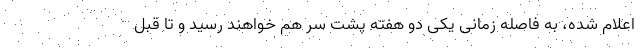
اعلام شده، به فاصله زمانی یکی دو هفته پشت سر هم خواهند رسید و تا قبل